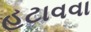
હટાવવા